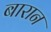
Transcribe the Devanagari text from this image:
बारान